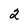
Character: 2